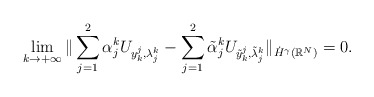
\begin{align*}\lim_{k\to +\infty}\|\sum_{j = 1}^2\alpha^k_j U_{y_k^j, \lambda^k_j} - \sum_{j = 1}^2\tilde{\alpha}^k_j U_{\tilde{y}_k^j, \tilde{\lambda}^k_j}\|_{\dot{H}^\gamma(\mathbb{R}^N)} = 0.\end{align*}